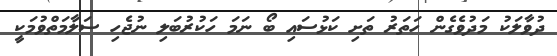
ދުވާލަކު މަދުވެގެން ހަތަރު ތަށި ކަޅުސައި ބޯ ނަމަ ހަކުރުބަލި ނުޖެހި ސަލާމަތްވުމަކީ